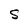
Character: S